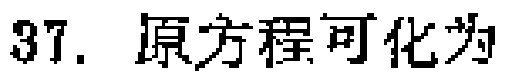
37. 原方程可化为